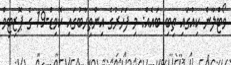
ވޯޓްލާން ކިއުގައި ތިބި ބައެއް: މި ފަހަރުގެ އިންތިހާބުގައި ކޮވިޑް-19 ގެ ޕޮޒިޓިވް